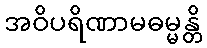
အဝိပရိဏာမဓမ္မန္တိ